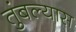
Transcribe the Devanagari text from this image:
तुंबल्यास